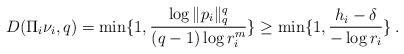
LaTeX: \begin{align*}D(\Pi_{i}\nu_{i},q)=\min\{1,\frac{\log\Vert p_{i}\Vert_{q}^{q}}{(q-1)\log r_{i}^{m}}\}\ge\min\{1,\frac{h_{i}-\delta}{-\log r_{i}}\}\:.\end{align*}